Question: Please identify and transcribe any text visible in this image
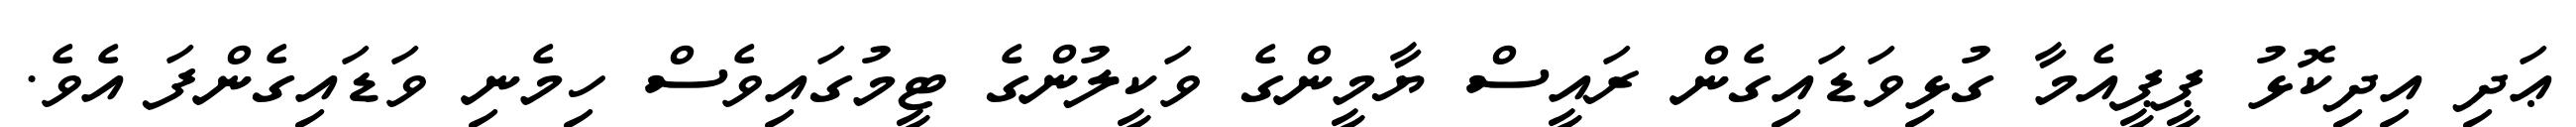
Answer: ޢަދި އިދިކޮޅު ޕީޕީއެމާ ގުޅިވަޑައިގެން ރައީސް ޔާމީންގެ ވަކީލުންގެ ޓީމުގައިވެސް ހިމެނި ވަޑައިގެންފަ އެވެ.